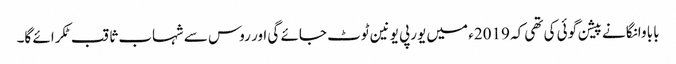
بابا وانگا نے پیشن گوئی کی تھی کہ 2019ء میں یورپی یونین ٹوٹ جائے گی اور روس سے شہاب ثاقب ٹکرائے گا۔